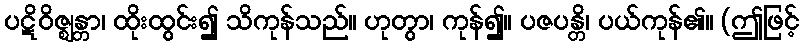
ပဋိဝိဇ္ဈန္တာ၊ ထိုးထွင်း၍ သိကုန်သည်။ ဟုတွာ၊ ကုန်၍။ ပဇပန္တိ၊ ပယ်ကုန်၏။ (ဤဖြင့်